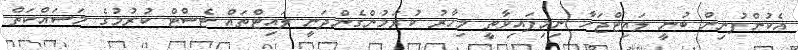
އެކުންފުނިން ބުނީ ލައިޓްޖަހާ ނިމިފައިވާތީ މިހާރު ކުރަމުންގެންދަނީ ލައިޓްތައް ޓެސްޓް ކުރުމުގެ މަސައްކަތް